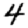
Digit: 4